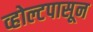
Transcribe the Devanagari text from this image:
व्होल्टपासून